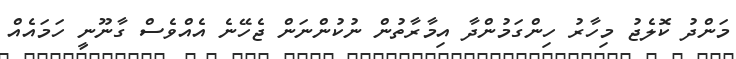
މަންދު ކޮލެޖު މިހާރު ހިންގަމުންދާ އިމާރާތުން ނުކުންނަން ޖެހޭނެ އެއްވެސް ގާނޫނީ ހަމައެއް